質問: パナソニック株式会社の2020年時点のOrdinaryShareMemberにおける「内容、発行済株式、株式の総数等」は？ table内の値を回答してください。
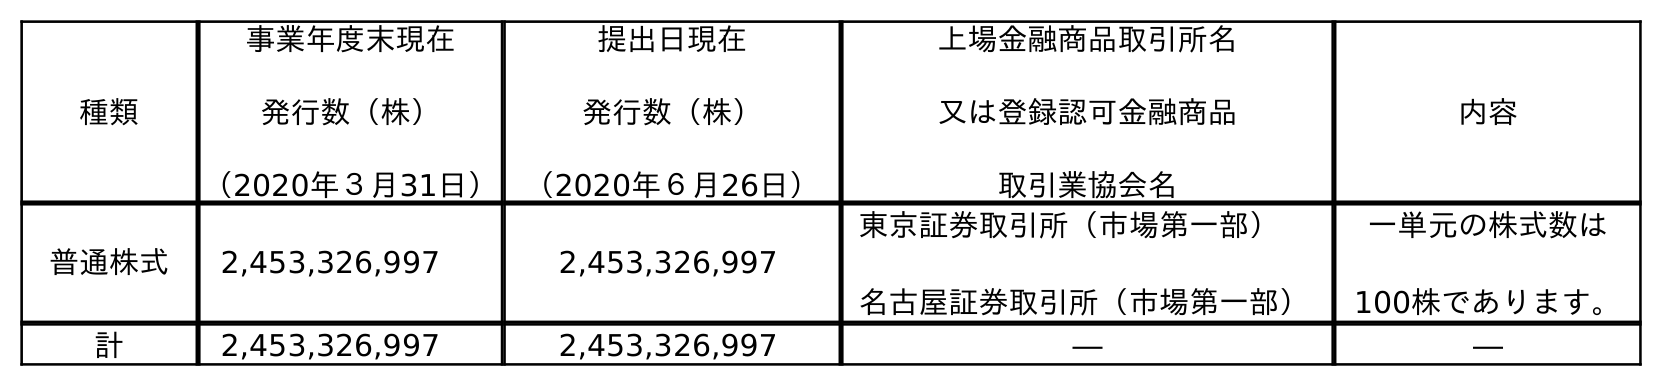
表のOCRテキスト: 種類 事業年度末現在 発行数（株） （2020年３月31日） 提出日現在 発行数（株） （2020年６月26日） 上場金融商品取引所名 又は登録認可金融商品 取引業協会名 内容 普通株式 2,453,326,997 2,453,326,997 東京証券取引所（市場第一部） 名古屋証券取引所（市場第一部） 一単元の株式数は 100株であります。 計 2,453,326,997 2,453,326,997 ― ―
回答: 一単元の株式数は100株であります。